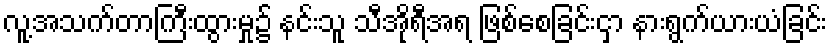
လူ့အသက်တာကြီးထွားမှု၌ နင်းသူ သီအိုရီအရ ဖြစ်စေခြင်းငှာ နားရွက်ယားယံခြင်း